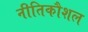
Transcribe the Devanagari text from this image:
नीतिकौशल